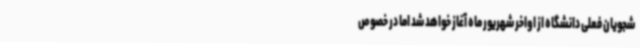
شجویان فعلی دانشگاه از اواخر شهریور ماه آغاز خواهد شد اما در خصوص